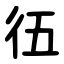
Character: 鿉